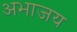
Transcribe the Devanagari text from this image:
अभाजय